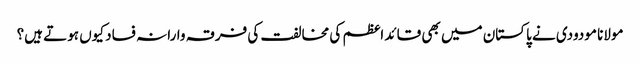
مولانا مودودی نے پاکستان میں بھی قائد اعظم کی مخالفت کی	فرقہ وارانہ فساد کیوں ہوتے ہیں؟